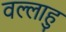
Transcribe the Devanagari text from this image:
वल्लाहु